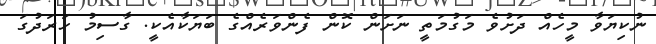
ނުކިޔަވާ މީހެއް ދަށުވެ މަގުމަތީ ނަށަން ކޮން ފެންވަރެއްގެ ބަޔަކާއެކީ. ގާސިމު ހަރަދުގަ